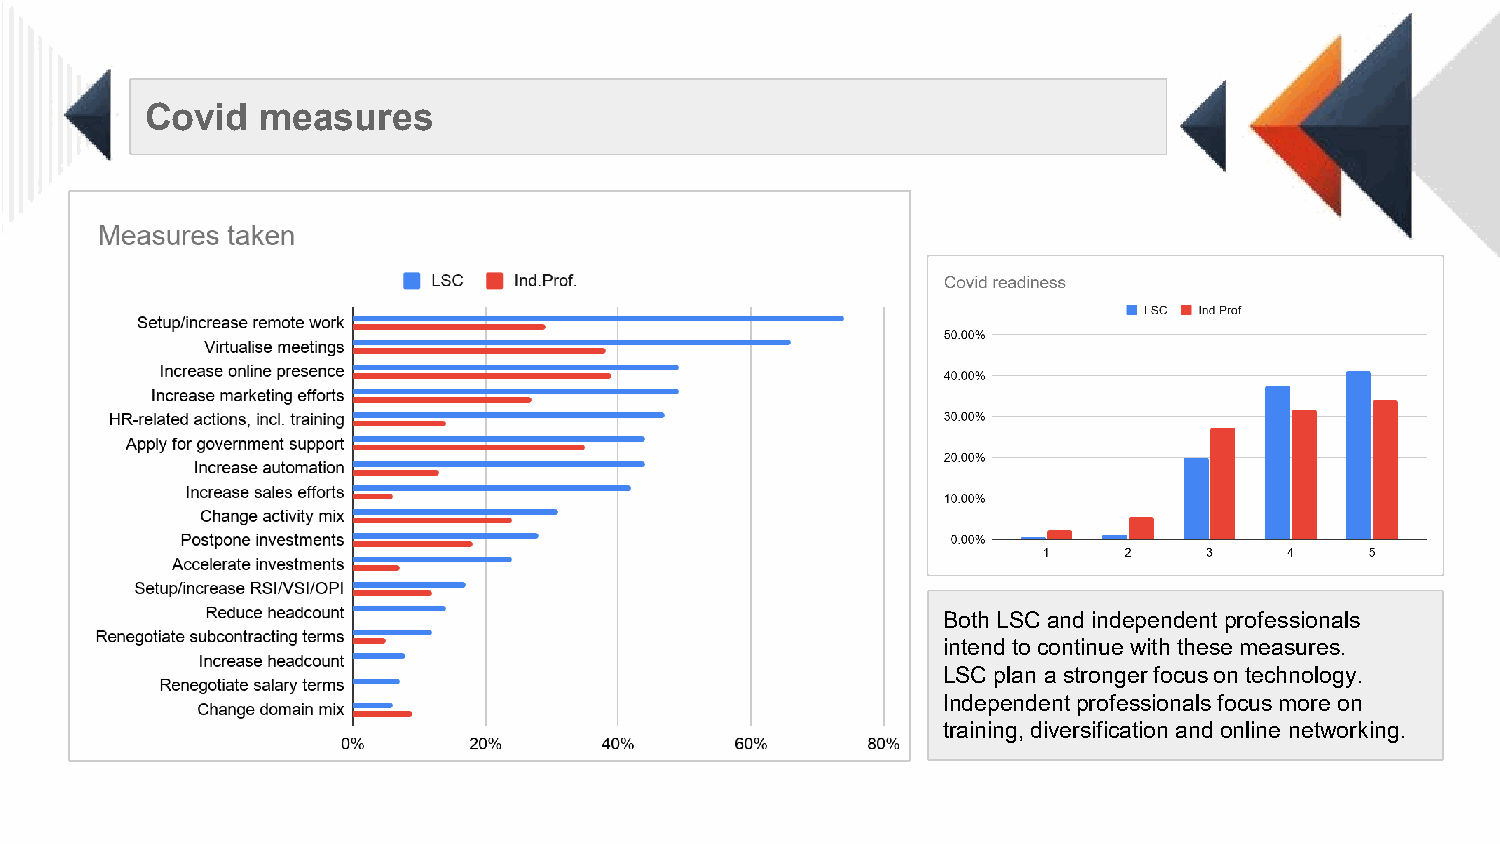
Covid  measures
 Both LSC and independent professionals
 intend to continue with these measures.
 LSC plan a stronger focus on technology.
 Independent professionals focus more on
 training, diversification and online networking.